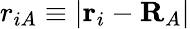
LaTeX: r_{iA}\equiv|\mathbf{r}_{i}-\mathbf{R}_{A}|